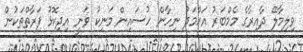
ވިލިމާލޭ ދާއިރާގެ މެމްބަރު އަޙްމަދު ނިހާން ހުސައިން މަނިކު ވަނީ އިދިކޮޅު ފަރާތްތަކުން